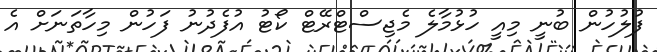
ފުލުހުން ބުނީ މިއީ ހުޅުމާލެ މެޖިސްޓްރޭޓް ކޯޓު އުފެދުނު ފަހުން މިހާތަނަށް އެ